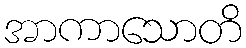
အာကာသောတိ